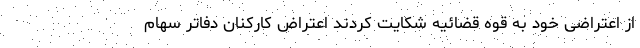
از اعتراضی خود به قوه قضائیه شکایت کردند اعتراض کارکنان دفاتر سهام